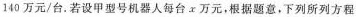
140万元/台。若设甲型号机器人每台x万元，根据题意，下列所列方程